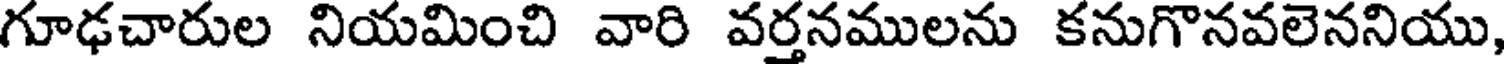
గూఢచారుల నియమించి వారి వర్తనములను కనుగొనవలెననియు,